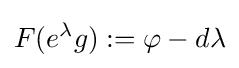
F(e^{\lambda }g):=\varphi -d\lambda